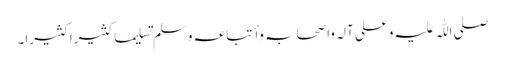
صلی اللّٰہ علیہ وعلی آلہ واصحابہ وأتباعہ وسلم تسلیما کثیرا کثیرا۔